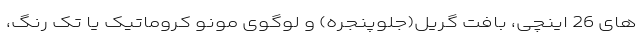
های 26 اینچی، بافت گریل(جلوپنجره) و لوگوی مونو کروماتیک یا تک رنگ،